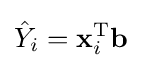
{\hat {Y}}_{i}=\mathbf {x} _{i}^{\rm {T}}\mathbf {b}